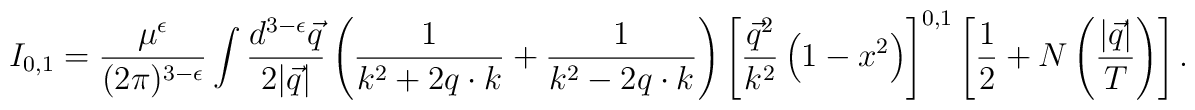
I_{0,1}=\frac{\mu^\epsilon}{(2\pi)^{3-\epsilon}}\int\frac{d^{3-\epsilon}\vec q}{2|\vec q|}\left(\frac{1}{k^2+2q\cdot k} + \frac{1}{k^2-2q\cdot k}\right)\left[\frac{\vec q^2}{k^2}\left(1-x^2\right)\right]^{0,1}\left[\frac 1 2 + N\left(\frac{|\vec q|}{T}\right)\right].